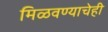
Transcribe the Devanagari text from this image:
मिळवण्याचेही